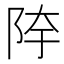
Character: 𱀍